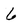
Character: 6